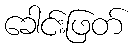
ခေါင်းဖြတ်